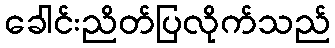
ခေါင်းညိတ်ပြလိုက်သည်